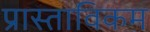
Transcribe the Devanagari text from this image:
प्रास्ताविकम